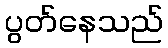
ပွတ်နေသည်